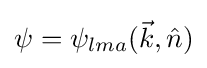
\psi =\psi _{lma}({\vec {k}},{\hat {n}})